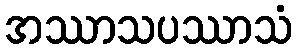
အဿာသပဿာသံ